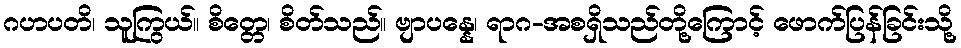
ဂဟပတိ၊ သူကြွယ်။ စိတ္တေ၊ စိတ်သည်။ ဗျာပန္နေ၊ ရာဂ-အစရှိသည်တို့ကြောင့် ဖောက်ပြန်ခြင်းသို့